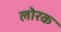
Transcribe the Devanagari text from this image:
लोरक